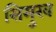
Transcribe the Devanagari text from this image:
सिमुख